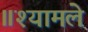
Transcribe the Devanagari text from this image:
॥श्यामले